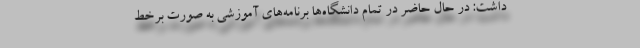
داشت: در حال حاضر در تمام دانشگاه‌ها برنامه‌های آموزشی به صورت برخط